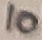
Text: 10